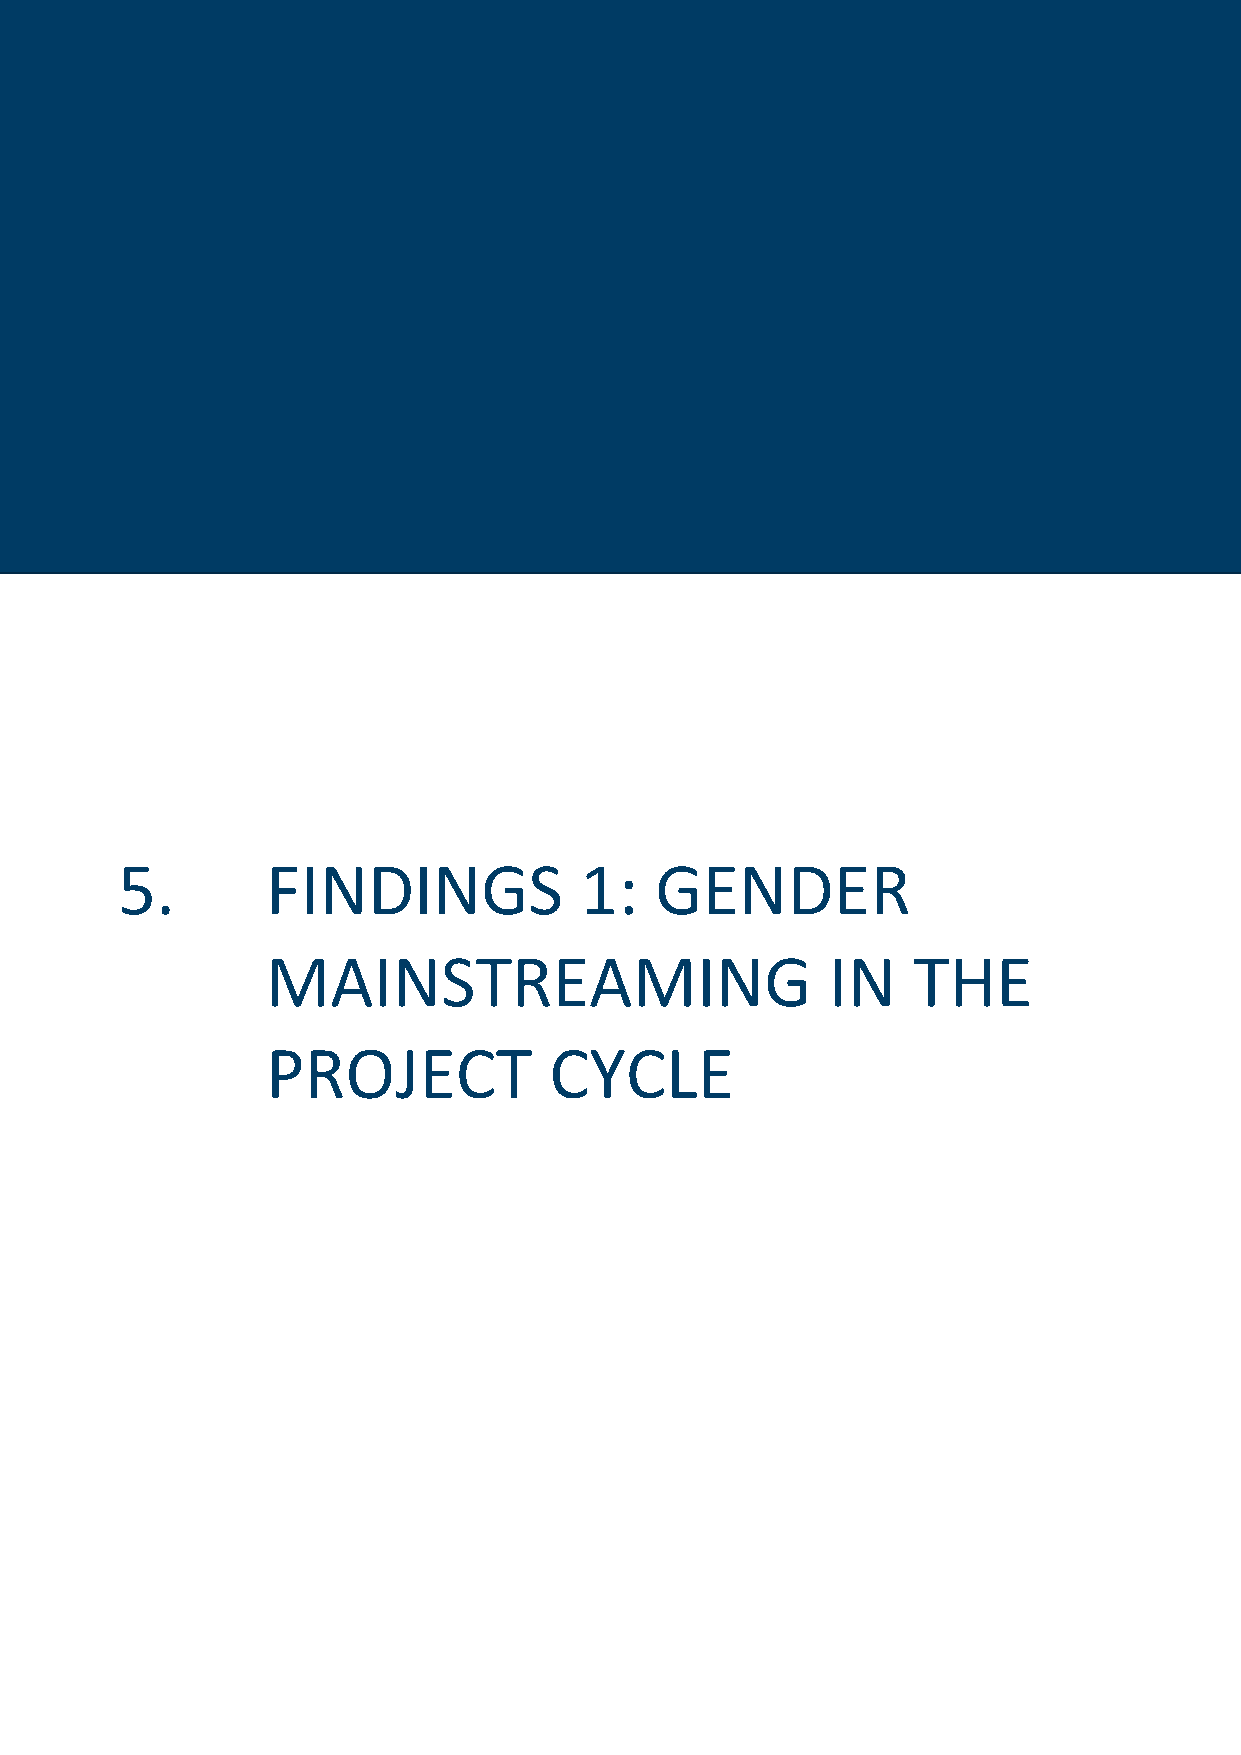
5. | Findings 1: Gender mainstreaming in the project cycle 51
 5.        FINDINGS             1:   GENDER
 MAINSTREAMING                        IN    THE
 PROJECT            CYCLE